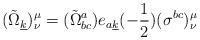
LaTeX: \begin{align*}({\tilde{\Omega}}_{\underline{k}})_{\nu}^{\mu}=({\tilde{\Omega}}^{a}_{bc})e_{a\underline{k}}(-{1\over2})(\sigma^{bc})_{\nu}^{\mu}\end{align*}